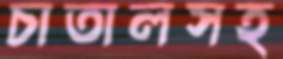
চাতালসহ